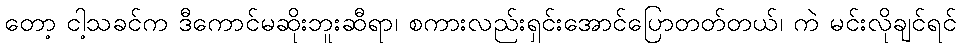
တော့ ငါ့သခင်က ဒီကောင်မဆိုးဘူးဆီရာ၊ စကားလည်းရှင်းအောင်ပြောတတ်တယ်၊ ကဲ မင်းလိုချင်ရင်